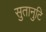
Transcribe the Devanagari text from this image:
सुतानुटि